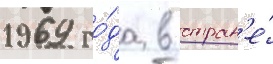
1969 го́да в стран'е́